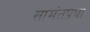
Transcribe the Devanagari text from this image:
सामंतप्रथा